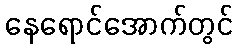
နေရောင်အောက်တွင်